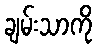
ချမ်းသာကို